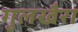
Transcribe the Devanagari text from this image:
गुलखैरा